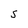
Character: S